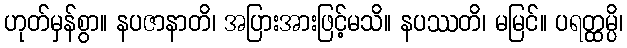
ဟုတ်မှန်စွာ။ နပဇာနာတိ၊ အပြားအားဖြင့်မသိ။ နပဿတိ၊ မမြင်။ ပရတ္ထမ္ပိ၊